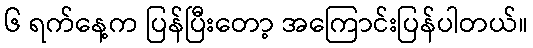
၆ ရက်နေ့က ပြန်ပြီးတော့ အကြောင်းပြန်ပါတယ်။